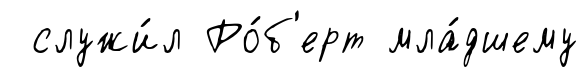
служи́л Ро́б'ерт мла́дшему